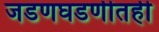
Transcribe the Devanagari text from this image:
जडणघडणीतही